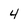
Character: 4